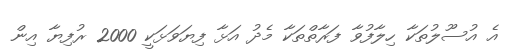
އެ އުސޫލުތަކާ ހިލާފުވާ ފަރާތްތަކާ މެދު އަޅާ ފިޔަވަޅަކީ 2000 ރުފިޔާ އިން